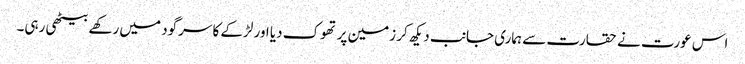
اس عورت نے حقارت سے ہماری جانب دیکھ کر زمین پر تھوک دیا اور لڑکے کا سرگود میں رکھے بیٹھی رہی۔